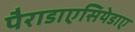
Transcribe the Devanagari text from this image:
पैराडाएसियेडाए